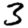
Digit: 3